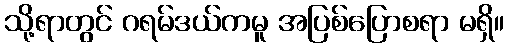
သို့ရာတွင် ဂရမ်ဒယ်ကမူ အပြစ်ပြောစရာ မရှိ။